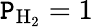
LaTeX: \mathtt{P}_{\mathrm{{H_{2}}}}=1